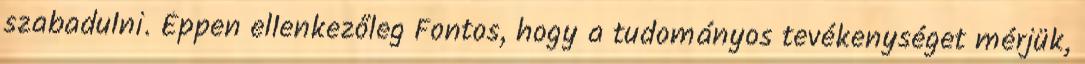
szabadulni. Éppen ellenkezőleg Fontos, hogy a tudományos tevékenységet mérjük,